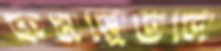
কমপ্লিটলি